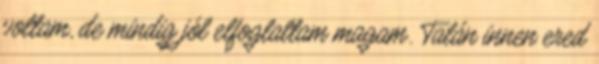
voltam, de mindig jól elfoglaltam magam. Talán innen ered